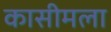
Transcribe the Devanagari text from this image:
कासीमला